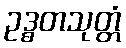
ဥဒ္ဓတသုတ္တံ